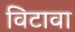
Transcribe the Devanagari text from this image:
विटावा